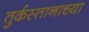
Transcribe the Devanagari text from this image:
तुर्कस्तानाच्या